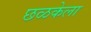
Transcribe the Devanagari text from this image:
छळकेला